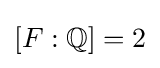
{\textstyle [F:\mathbb {Q} ]=2}